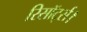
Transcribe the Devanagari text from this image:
रिसॉर्ट्स।